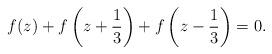
LaTeX: \begin{align*}f(z)+f\left(z+\frac 13\right)+f\left(z-\frac 13\right)=0. \end{align*}